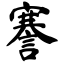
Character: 謇